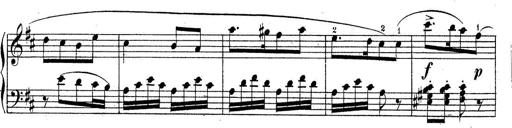
Title: Sonatine No.3
Composer: Peter Piel
Key: D major